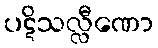
ပဋိသလ္လီဏော